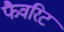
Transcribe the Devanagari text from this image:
फैवरिट